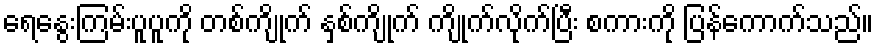
ရေနွေးကြမ်းပူပူကို တစ်ကျိုက် နှစ်ကျိုက် ကျိုက်လိုက်ပြီး စကားကို ပြန်ကောက်သည်။